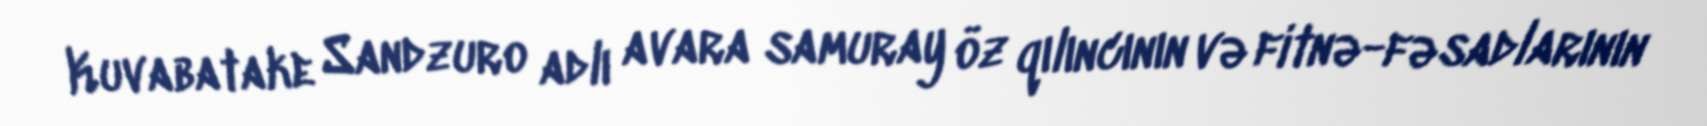
Kuvabatake Sandzuro adlı avara samuray öz qılıncının və fitnə-fəsadlarının